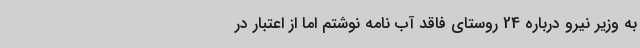
به وزیر نیرو درباره 24 روستای فاقد آب نامه نوشتم اما از اعتبار در